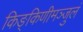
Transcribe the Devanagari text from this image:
किङ्किणीमञ्जुलं